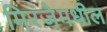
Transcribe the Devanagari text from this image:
मिरजेमधील